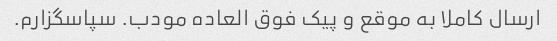
ارسال کاملا به موقع و پیک فوق العاده مودب. سپاسگزارم.